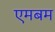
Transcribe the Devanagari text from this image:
एमबम